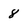
Character: 8